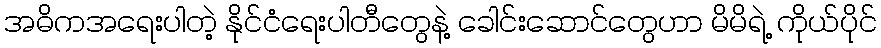
အဓိကအရေးပါတဲ့ နိုင်ငံရေးပါတီတွေနဲ့ ခေါင်းဆောင်တွေဟာ မိမိရဲ့ ကိုယ်ပိုင်